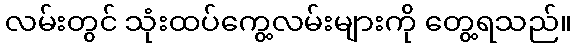
လမ်းတွင် သုံးထပ်ကွေ့လမ်းများကို တွေ့ရသည်။